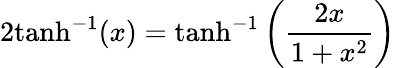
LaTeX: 2\mathrm{tanh}^{-1}(x)=\mathrm{tanh}^{-1}\left({\frac{2x}{1+x^{2}}}\right)